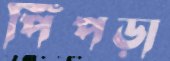
পিঁঁপড়া